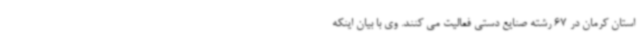
استان کرمان در 67 رشته صنایع دستی فعالیت می کنند. وی با بیان اینکه